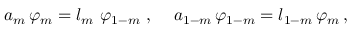
a _ { m } \, \varphi _ { m } = l _ { m } \, \, \varphi _ { 1 - m } \, \, , \, \, \, \, \, \, \, a _ { 1 - m } \, \varphi _ { 1 - m } = l _ { 1 - m } \, \varphi _ { m } \, ,